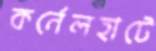
কর্নেলহাটে